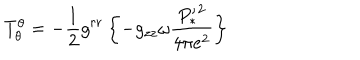
T _ { \theta } ^ { \theta } = - \frac { 1 } { 2 } g ^ { r r } \left\{ - g _ { z z } \omega \frac { { P _ { * } ^ { \prime } } ^ { 2 } } { 4 \pi e ^ { 2 } } \right\}